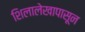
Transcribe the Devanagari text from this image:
शिलालेखापासून